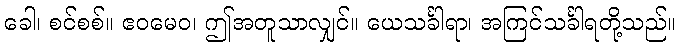
ခေါ၊ စင်စစ်။ ဧဝမေဝ၊ ဤအတူသာလျှင်။ ယေသင်္ခါရာ၊ အကြင်သင်္ခါရတို့သည်။